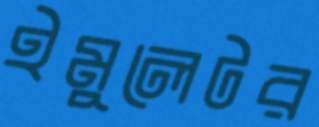
ইমুলেটর